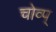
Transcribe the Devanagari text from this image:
चोव्प्